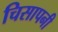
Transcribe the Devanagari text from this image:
चिसापनी